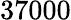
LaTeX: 37000